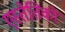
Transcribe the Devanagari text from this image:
एस्तेतिको